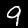
Label: 9